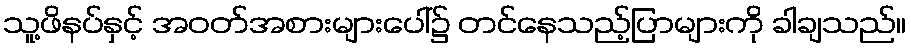
သူ့ဖိနပ်နှင့် အဝတ်အစားများပေါ်၌ တင်နေသည့်ပြာများကို ခါချသည်။